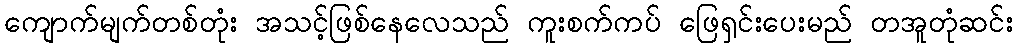
ကျောက်မျက်တစ်တုံး အသင့်ဖြစ်နေလေသည် ကူးစက်ကပ် ဖြေရှင်းပေးမည် တအူတုံဆင်း